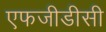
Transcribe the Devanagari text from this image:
एफजीडीसी